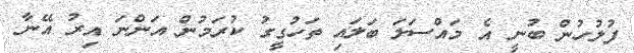
ފުލުހުން ބުނީ އެ މައްސަލަ ބަލައި ތަހުގީގު ކުރަމުން އަންނަ އިރު އޭނާ